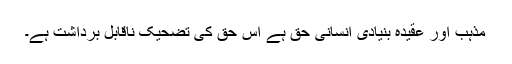
مذہب اور عقیدہ بنیادی انسانی حق ہے اس حق کی تضحیک ناقابل برداشت ہے۔